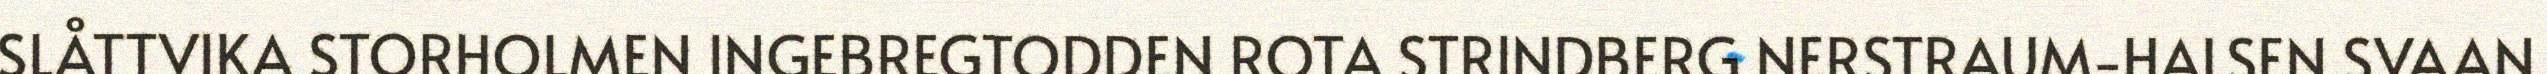
SLÅTTVIKA STORHOLMEN INGEBREGTODDEN ROTA STRINDBERG NERSTRAUM-HALSEN SVAAN